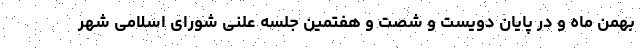
بهمن ماه و در پایان دویست و شصت و هفتمین جلسه علنی شورای اسلامی شهر